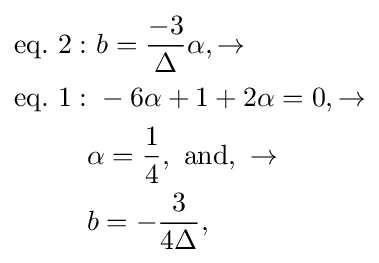
{\begin{aligned}\mathrm {eq.\ 2} :&\ b={\frac {-3}{\Delta }}\alpha ,\rightarrow \\\mathrm {eq.\ 1} :&\ -6\alpha +1+2\alpha =0,\rightarrow \\&\alpha ={\frac {1}{4}},\ \mathrm {and} ,\ \rightarrow \\&b=-{\frac {3}{4\Delta }},\end{aligned}}